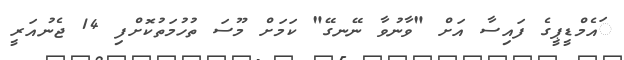
ައެމްޑީޕީގެ ފައިސާ އަށް "ވާނުވާ ނޭނގޭ" ކަމަށް މޫސަ ތުހުމަތުކޮށްފި 14 ޖެނުއަރީ